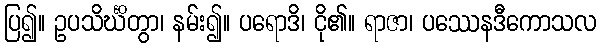
ပြ၍။ ဥပသိင်္ဃိတွာ၊ နမ်း၍။ ပရောဒိ၊ ငို၏။ ရာဇာ၊ ပဿေနဒီကောသလ